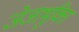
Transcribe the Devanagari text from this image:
जेजाभुक्ति